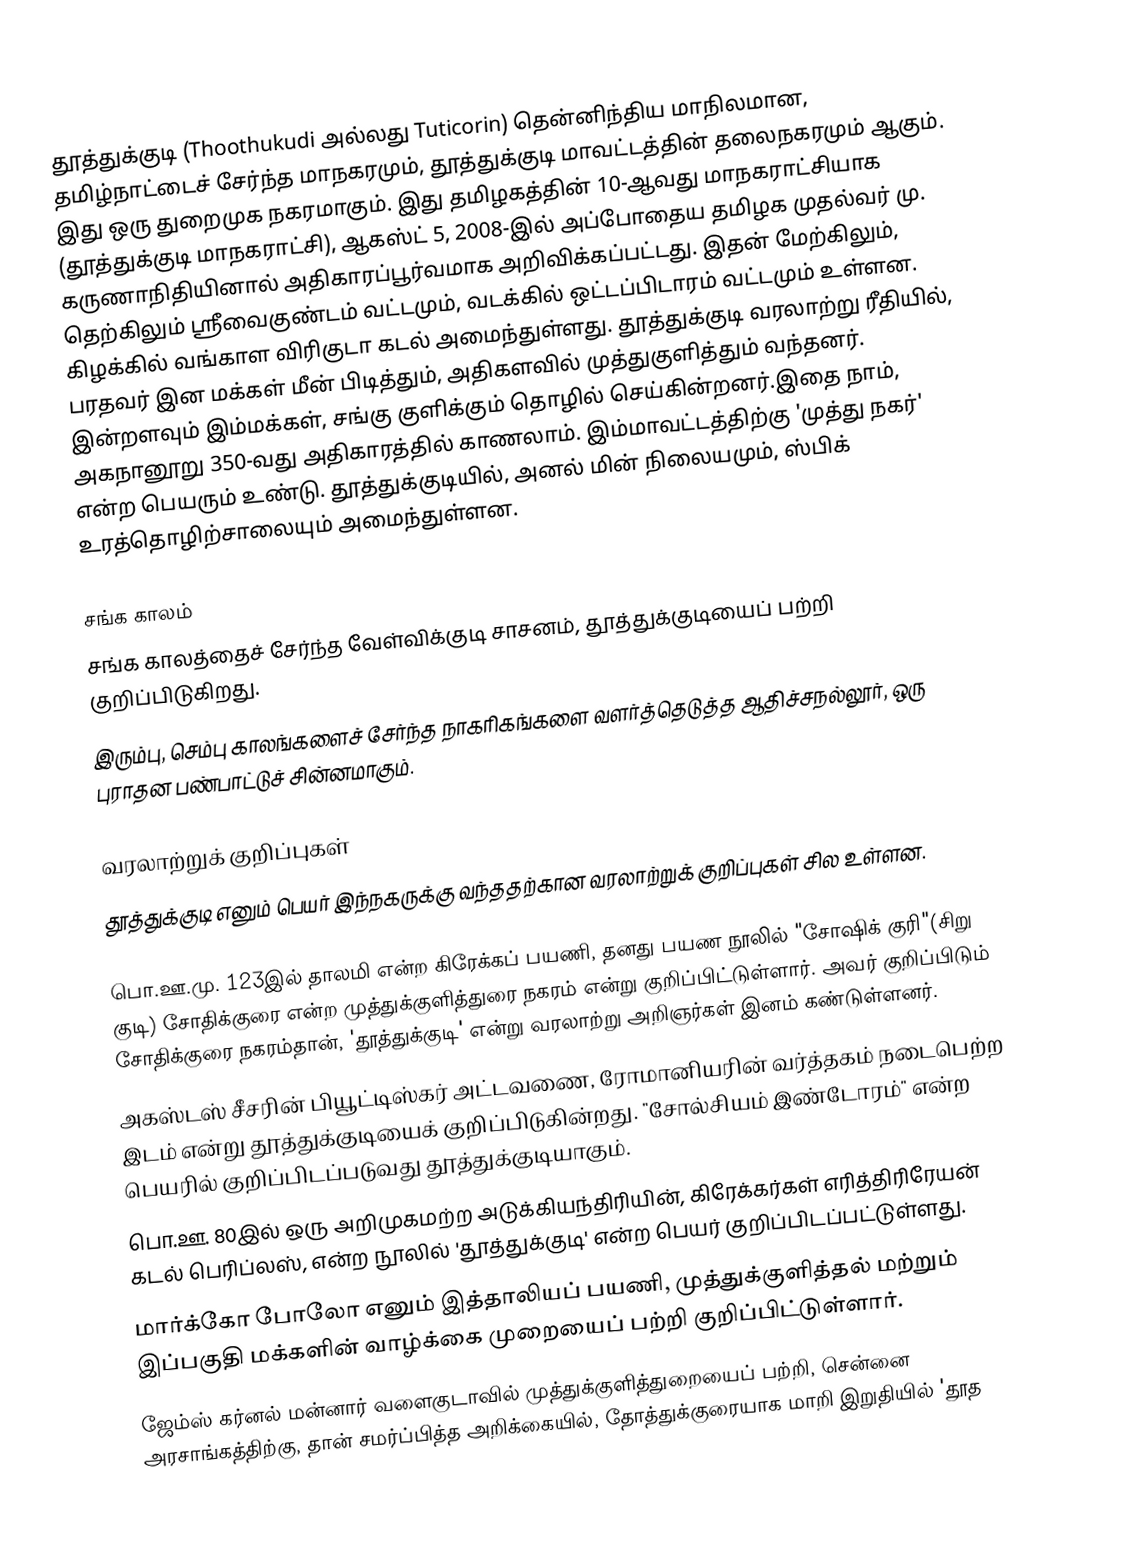
தூத்துக்குடி (Thoothukudi அல்லது Tuticorin) தென்னிந்திய மாநிலமான, தமிழ்நாட்டைச் சேர்ந்த மாநகரமும், தூத்துக்குடி மாவட்டத்தின் தலைநகரமும் ஆகும். இது ஒரு துறைமுக நகரமாகும். இது தமிழகத்தின் 10-ஆவது மாநகராட்சியாக (தூத்துக்குடி மாநகராட்சி), ஆகஸ்ட் 5, 2008-இல் அப்போதைய தமிழக முதல்வர் மு. கருணாநிதியினால் அதிகாரப்பூர்வமாக அறிவிக்கப்பட்டது. இதன் மேற்கிலும், தெற்கிலும் ஸ்ரீவைகுண்டம் வட்டமும், வடக்கில் ஒட்டப்பிடாரம் வட்டமும் உள்ளன. கிழக்கில் வங்காள விரிகுடா கடல் அமைந்துள்ளது. தூத்துக்குடி வரலாற்று ரீதியில், பரதவர் இன மக்கள் மீன் பிடித்தும், அதிகளவில் முத்துகுளித்தும் வந்தனர். இன்றளவும் இம்மக்கள், சங்கு குளிக்கும் தொழில் செய்கின்றனர்.இதை நாம், அகநானூறு 350-வது அதிகாரத்தில் காணலாம். இம்மாவட்டத்திற்கு 'முத்து நகர்' என்ற பெயரும் உண்டு. தூத்துக்குடியில், அனல் மின் நிலையமும், ஸ்பிக் உரத்தொழிற்சாலையும் அமைந்துள்ளன.

சங்க காலம்
 சங்க காலத்தைச் சேர்ந்த வேள்விக்குடி சாசனம், தூத்துக்குடியைப் பற்றி குறிப்பிடுகிறது.
 இரும்பு, செம்பு காலங்களைச் சேர்ந்த நாகரிகங்களை வளர்த்தெடுத்த ஆதிச்சநல்லூர், ஒரு புராதன பண்பாட்டுச் சின்னமாகும்.

வரலாற்றுக் குறிப்புகள்
தூத்துக்குடி எனும் பெயர் இந்நகருக்கு வந்ததற்கான வரலாற்றுக் குறிப்புகள் சில உள்ளன.

 பொ.ஊ.மு. 123இல் தாலமி என்ற கிரேக்கப் பயணி, தனது பயண நூலில் "சோஷிக் குரி"(சிறு குடி) சோதிக்குரை என்ற முத்துக்குளித்துரை நகரம் என்று குறிப்பிட்டுள்ளார். அவர் குறிப்பிடும் சோதிக்குரை நகரம்தான், 'தூத்துக்குடி' என்று வரலாற்று அறிஞர்கள் இனம் கண்டுள்ளனர்.
 அகஸ்டஸ் சீசரின் பியூட்டிஸ்கர் அட்டவணை, ரோமானியரின் வர்த்தகம் நடைபெற்ற இடம் என்று தூத்துக்குடியைக் குறிப்பிடுகின்றது. "சோல்சியம் இண்டோரம்" என்ற பெயரில் குறிப்பிடப்படுவது தூத்துக்குடியாகும்.
 பொ.ஊ. 80இல் ஒரு அறிமுகமற்ற அடுக்கியந்திரியின், கிரேக்கர்கள் எரித்திரிரேயன் கடல் பெரிப்லஸ், என்ற நூலில் 'தூத்துக்குடி' என்ற பெயர் குறிப்பிடப்பட்டுள்ளது.
 மார்க்கோ போலோ எனும் இத்தாலியப் பயணி, முத்துக்குளித்தல் மற்றும் இப்பகுதி மக்களின் வாழ்க்கை முறையைப் பற்றி குறிப்பிட்டுள்ளார்.
 ஜேம்ஸ் கர்னல் மன்னார் வளைகுடாவில் முத்துக்குளித்துறையைப் பற்றி, சென்னை அரசாங்கத்திற்கு, தான் சமர்ப்பித்த அறிக்கையில், தோத்துக்குரையாக மாறி இறுதியில் 'தூத